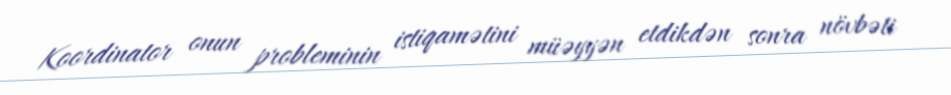
Koordinator onun probleminin istiqamətini müəyyən etdikdən sonra növbəti